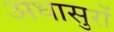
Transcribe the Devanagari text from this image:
अधासुरों